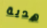
هدية